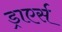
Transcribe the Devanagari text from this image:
ड्राएर्स